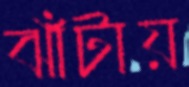
ঝাঁটায়